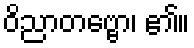
ဝိညာတဗ္ဗော၊ ၏။